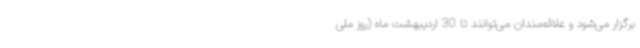
برگزار می‌شود و علاقه‌مندان می‌توانند تا 30 اردیبهشت ماه (روز ملی